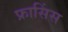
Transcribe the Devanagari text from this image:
फ्रासिंस